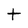
Character: t